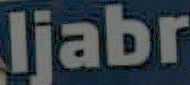
ljabr